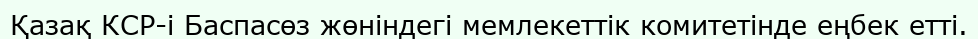
Қазақ КСР-і Баспасөз жөніндегі мемлекеттік комитетінде еңбек етті.